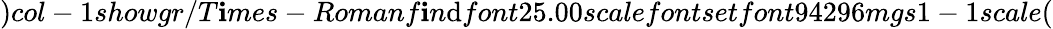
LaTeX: )col-1showgr/T\mathbf{i}mes-Romanf\mathbf{i}n\mathrm{d}font25.00scalefontsetfont94296mgs1-1scale(